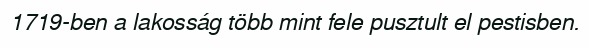
1719-ben a lakosság több mint fele pusztult el pestisben.